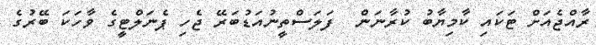
ރާއްޖެއަށް ޓަކައި ކާމިޔާބު ކުރާނަން  ފަލަސްތީނުއަޑުބަރޭ ޖެހި ޕެނަލްޓީގެ ވާހަކަ ބޭރުގެ